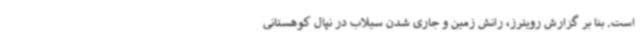
است. بنا بر گزارش رویترز، رانش زمین و جاری شدن سیلاب در نپال کوهستانی